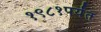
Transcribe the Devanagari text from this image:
१९८१पर्यंत